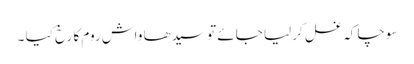
سوچا کہ غسل کر لیا جائے تو سیدھا واش روم کا رخ کیا ۔